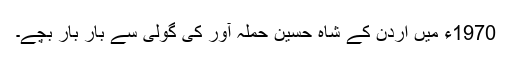
1970ء میں اردن کے شاہ حسین حملہ آور کی گولی سے بار بار بچے۔